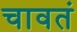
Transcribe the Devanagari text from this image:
चावतं